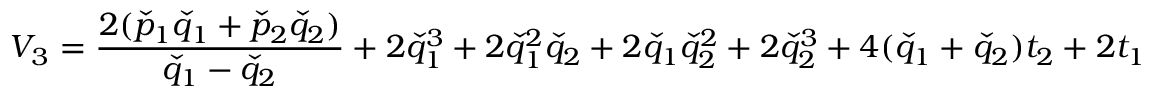
V _ { 3 } = \frac { 2 ( \check { p } _ { 1 } \check { q } _ { 1 } + \check { p } _ { 2 } \check { q } _ { 2 } ) } { \check { q } _ { 1 } - \check { q } _ { 2 } } + 2 \check { q } _ { 1 } ^ { 3 } + 2 \check { q } _ { 1 } ^ { 2 } \check { q } _ { 2 } + 2 \check { q } _ { 1 } \check { q } _ { 2 } ^ { 2 } + 2 \check { q } _ { 2 } ^ { 3 } + 4 ( \check { q } _ { 1 } + \check { q } _ { 2 } ) t _ { 2 } + 2 t _ { 1 }